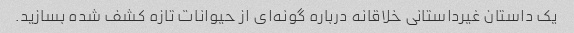
یک داستان غیرداستانی خلاقانه درباره گونه‌ای از حیوانات تازه کشف شده بسازید.